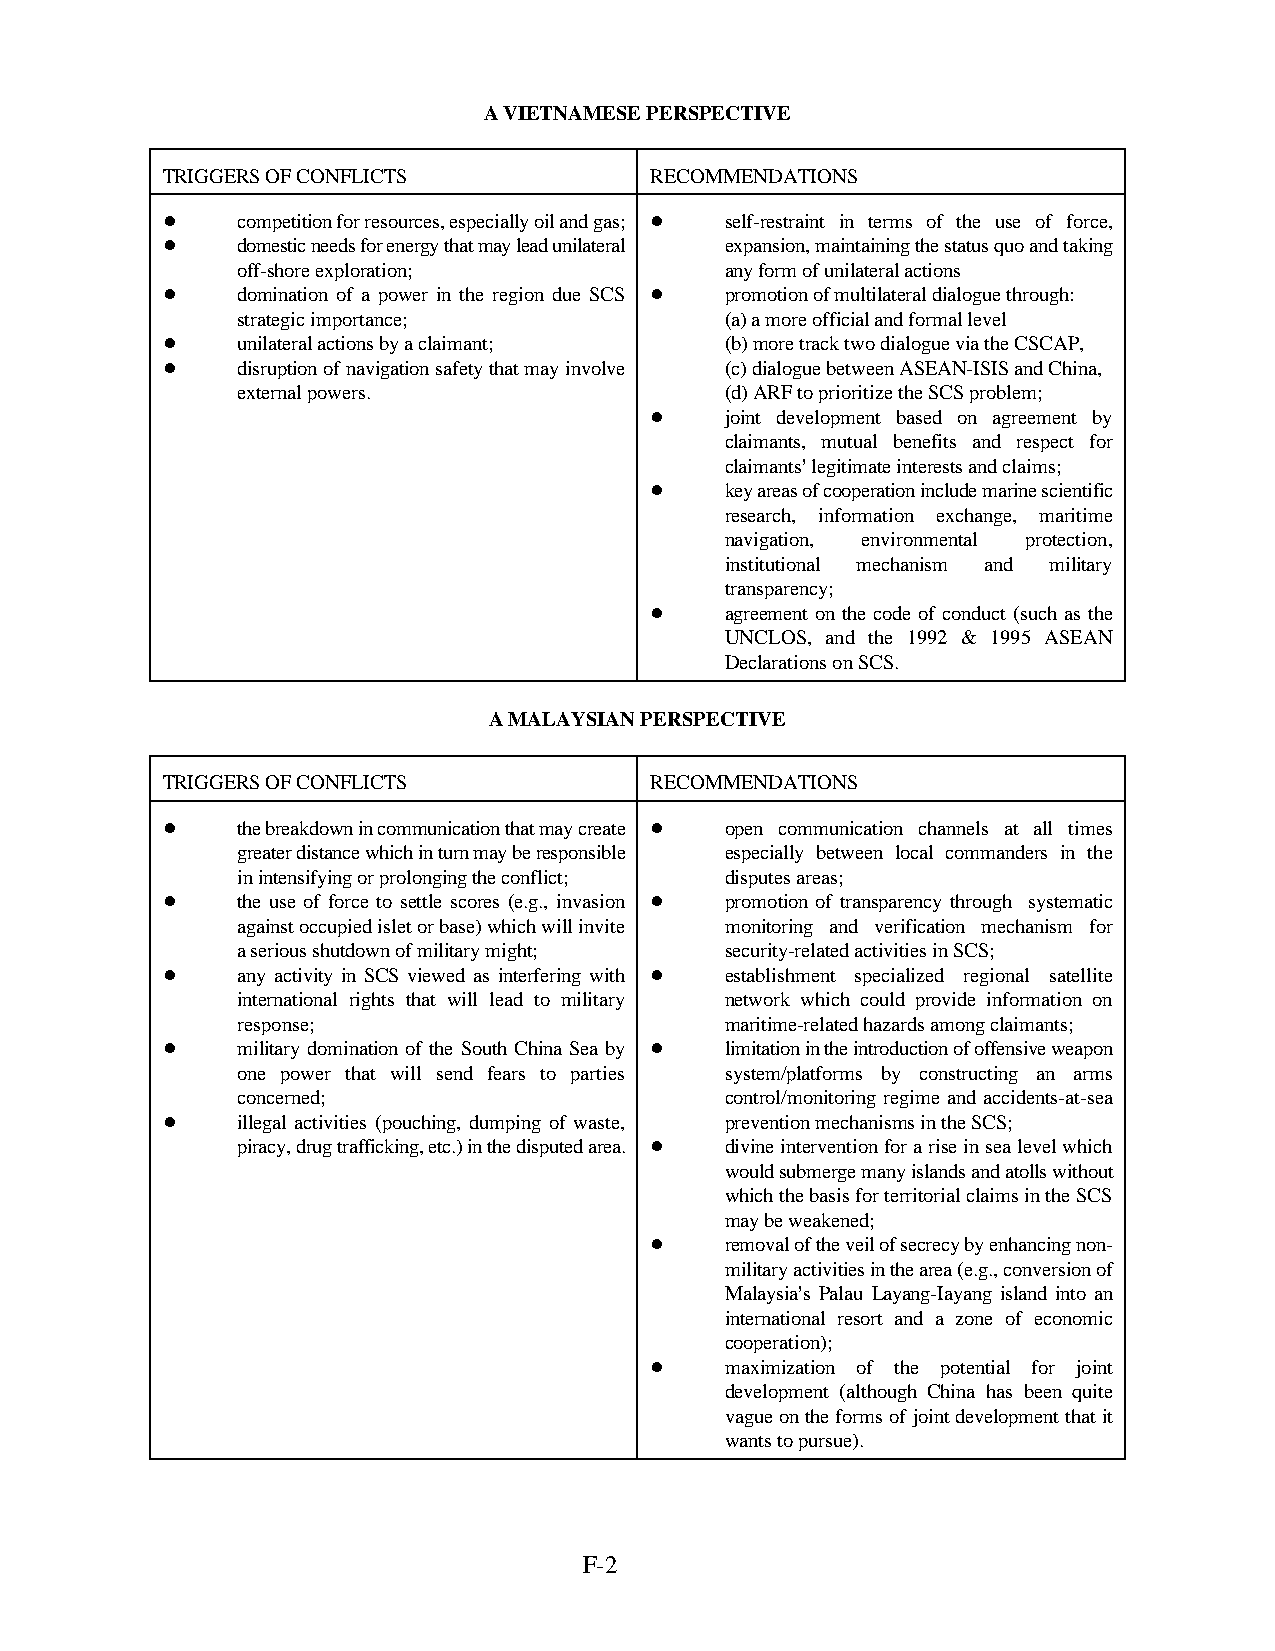
A VIETNAMESE PERSPECTIVE
 TRIGGERS OF CONFLICTS           RECOMMENDATIONS
 !    competition for resources, especially oil and gas; ! self-restraint in terms of the use of force,
 !    domestic needs for energy that may lead unilateral expansion, maintaining the status quo and taking
 off-shore exploration;          any form of unilateral actions
 !    domination of a power in the region due SCS ! promotion of multilateral dialogue through:
 strategic importance;           (a) a more official and formal level
 !    unilateral actions by a claimant; (b) more track two dialogue via the CSCAP,
 !    disruption of navigation safety that may involve (c) dialogue between ASEAN-ISIS and China,
 external powers.                (d) ARF to prioritize the SCS problem;
 !    joint development based on agreement by
 claimants, mutual benefits and respect for
 claimants= legitimate interests and claims;
 !    key areas of cooperation include marine scientific
 research, information exchange, maritime
 navigation, environmental protection,
 institutional mechanism and military
 transparency;
 !    agreement on the code of conduct (such as the
 UNCLOS, and the 1992 & 1995 ASEAN
 Declarations on SCS.
 A MALAYSIAN PERSPECTIVE
 TRIGGERS OF CONFLICTS           RECOMMENDATIONS
 !    the breakdown in communication that may create ! open communication channels at all times
 greater distance which in turn may be responsible especially between local commanders in the
 in intensifying or prolonging the conflict; disputes areas;
 !    the use of force to settle scores (e.g., invasion ! promotion of transparency through systematic
 against occupied islet or base) which will invite monitoring and verification mechanism for
 a serious shutdown of military might; security-related activities in SCS;
 !    any activity in SCS viewed as interfering with ! establishment specialized regional satellite
 international rights that will lead to military network which could provide information on
 response;                       maritime-related hazards among claimants;
 !    military domination of the South China Sea by ! limitation in the introduction of offensive weapon
 one power that will send fears to parties system/platforms by constructing an arms
 concerned;                      control/monitoring regime and accidents-at-sea
 !    illegal activities (pouching, dumping of waste, prevention mechanisms in the SCS;
 piracy, drug trafficking, etc.) in the disputed area. ! divine intervention for a rise in sea level which
 would submerge many islands and atolls without
 which the basis for territorial claims in the SCS
 may be weakened;
 !    removal of the veil of secrecy by enhancing non-
 military activities in the area (e.g., conversion of
 Malaysia=s Palau Layang-Iayang island into an
 international resort and a zone of economic
 cooperation);
 !    maximization of the potential for joint
 development (although China has been quite
 vague on the forms of joint development that it
 wants to pursue).
 F-2